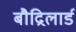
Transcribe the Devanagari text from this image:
बौद्रिलार्ड